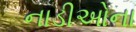
નાડીઓના